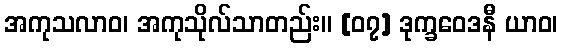
အကုသလာဝ၊ အကုသိုလ်သာတည်း။ [၀၇] ဒုက္ခဝေဒနီ ယာဝ၊